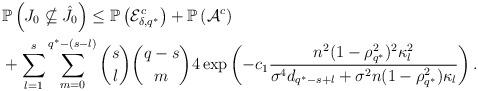
LaTeX: \begin{align*}&\mathbb{P}\left( J_0\nsubseteq \hat{J}_0 \right)\leq \mathbb{P}\left(\mathcal{E}_{\delta,q^*}^c\right)+\mathbb{P}\left(\mathcal{A}^c\right)\\&+\sum_{l=1}^{s}\sum_{m=0}^{q^*-(s-l)}\binom{s}{l}\binom{q-s}{m}4\exp\left( -c_1\frac{n^2(1-\rho_{q^*}^2)^2\kappa_l^2}{\sigma^4d_{q^*-s+l} +\sigma^2n(1-\rho_{q^*}^2)\kappa_l}\right).\end{align*}